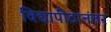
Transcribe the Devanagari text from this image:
विद्यापीठानंतर